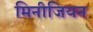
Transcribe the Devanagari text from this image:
मिनीजियन